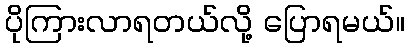
ပိုကြားလာရတယ်လို့ ပြောရမယ်။